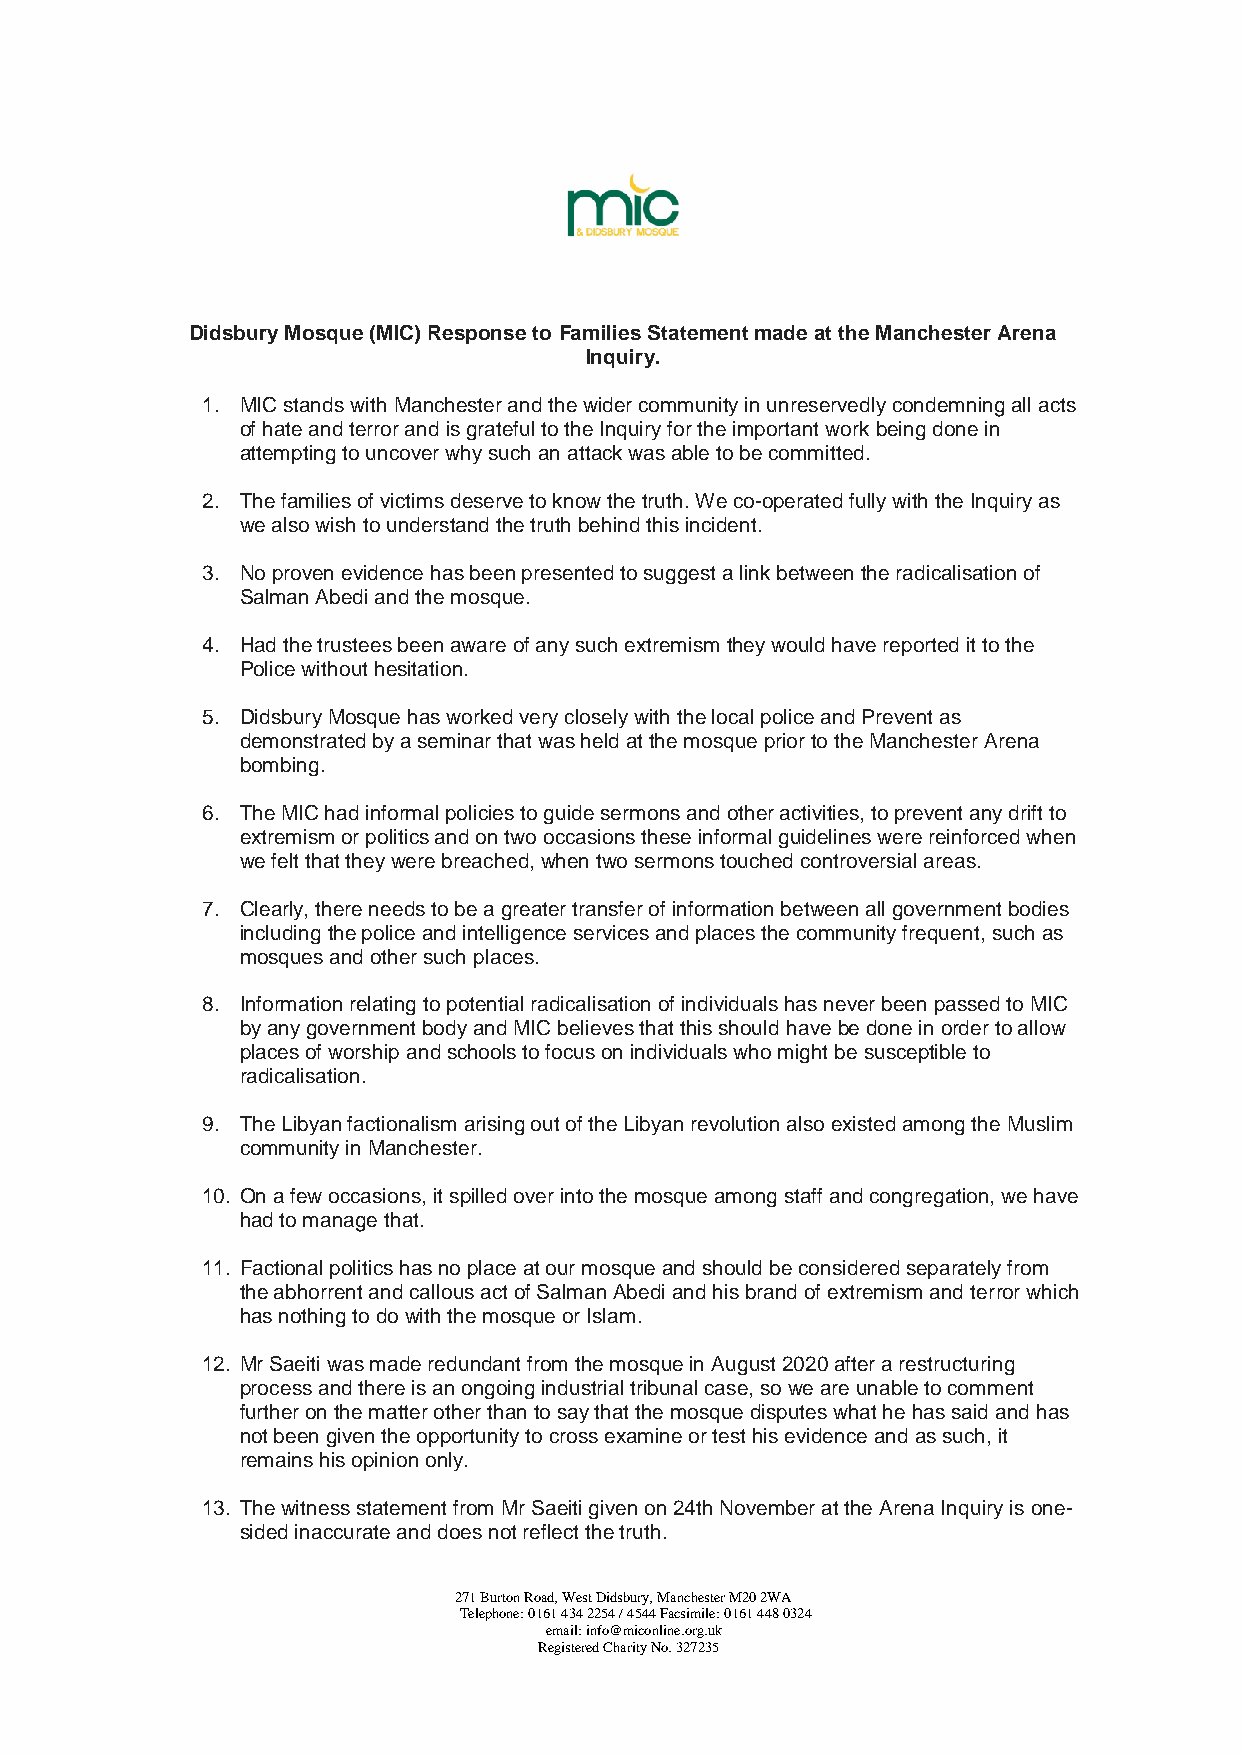
Didsbury Mosque (MIC) Response to Families Statement made at the Manchester Arena
 Inquiry.
 1. MIC stands with Manchester and the wider community in unreservedly condemning all acts
 of hate and terror and is grateful to the Inquiry for the important work being done in
 attempting to uncover why such an attack was able to be committed.
 2. The families of victims deserve to know the truth. We co-operated fully with the Inquiry as
 we also wish to understand the truth behind this incident.
 3. No proven evidence has been presented to suggest a link between the radicalisation of
 Salman Abedi and the mosque.
 4. Had the trustees been aware of any such extremism they would have reported it to the
 Police without hesitation.
 5. Didsbury Mosque has worked very closely with the local police and Prevent as
 demonstrated by a seminar that was held at the mosque prior to the Manchester Arena
 bombing.
 6. The MIC had informal policies to guide sermons and other activities, to prevent any drift to
 extremism or politics and on two occasions these informal guidelines were reinforced when
 we felt that they were breached, when two sermons touched controversial areas.
 7. Clearly, there needs to be a greater transfer of information between all government bodies
 including the police and intelligence services and places the community frequent, such as
 mosques and other such places.
 8. Information relating to potential radicalisation of individuals has never been passed to MIC
 by any government body and MIC believes that this should have be done in order to allow
 places of worship and schools to focus on individuals who might be susceptible to
 radicalisation.
 9. The Libyan factionalism arising out of the Libyan revolution also existed among the Muslim
 community in Manchester.
 10. On a few occasions, it spilled over into the mosque among staff and congregation, we have
 had to manage that.
 11. Factional politics has no place at our mosque and should be considered separately from
 the abhorrent and callous act of Salman Abedi and his brand of extremism and terror which
 has nothing to do with the mosque or Islam.
 12. Mr Saeiti was made redundant from the mosque in August 2020 after a restructuring
 process and there is an ongoing industrial tribunal case, so we are unable to comment
 further on the matter other than to say that the mosque disputes what he has said and has
 not been given the opportunity to cross examine or test his evidence and as such, it
 remains his opinion only.
 13. The witness statement from Mr Saeiti given on 24th November at the Arena Inquiry is one-
 sided inaccurate and does not reflect the truth.
 271 Burton Road, West Didsbury, Manchester M20 2WA
 Telephone: 0161 434 2254 / 4544 Facsimile: 0161 448 0324
 email: info@miconline.org.uk
 Registered Charity No. 327235